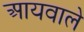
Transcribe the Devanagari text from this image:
आयवाले